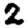
Digit: 2